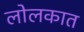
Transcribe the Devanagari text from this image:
लोलकात